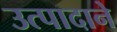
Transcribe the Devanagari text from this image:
उत्पादाने